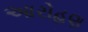
આરોહણ